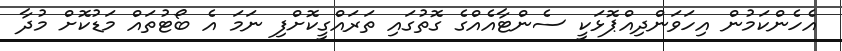
އެހެންކަމުން އިހަވަންދިއްޕޮޅަކީ ސެންޓާއެއްގެ ގޮތުގައި ތަރައްގީކޮށްފި ނަމަ އެ ބޯޓުތައް މަޑުކޮށް މުދާ